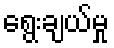
ရွေးချယ်မှု